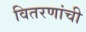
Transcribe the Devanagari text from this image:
वितरणांची